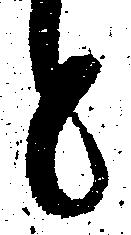
と